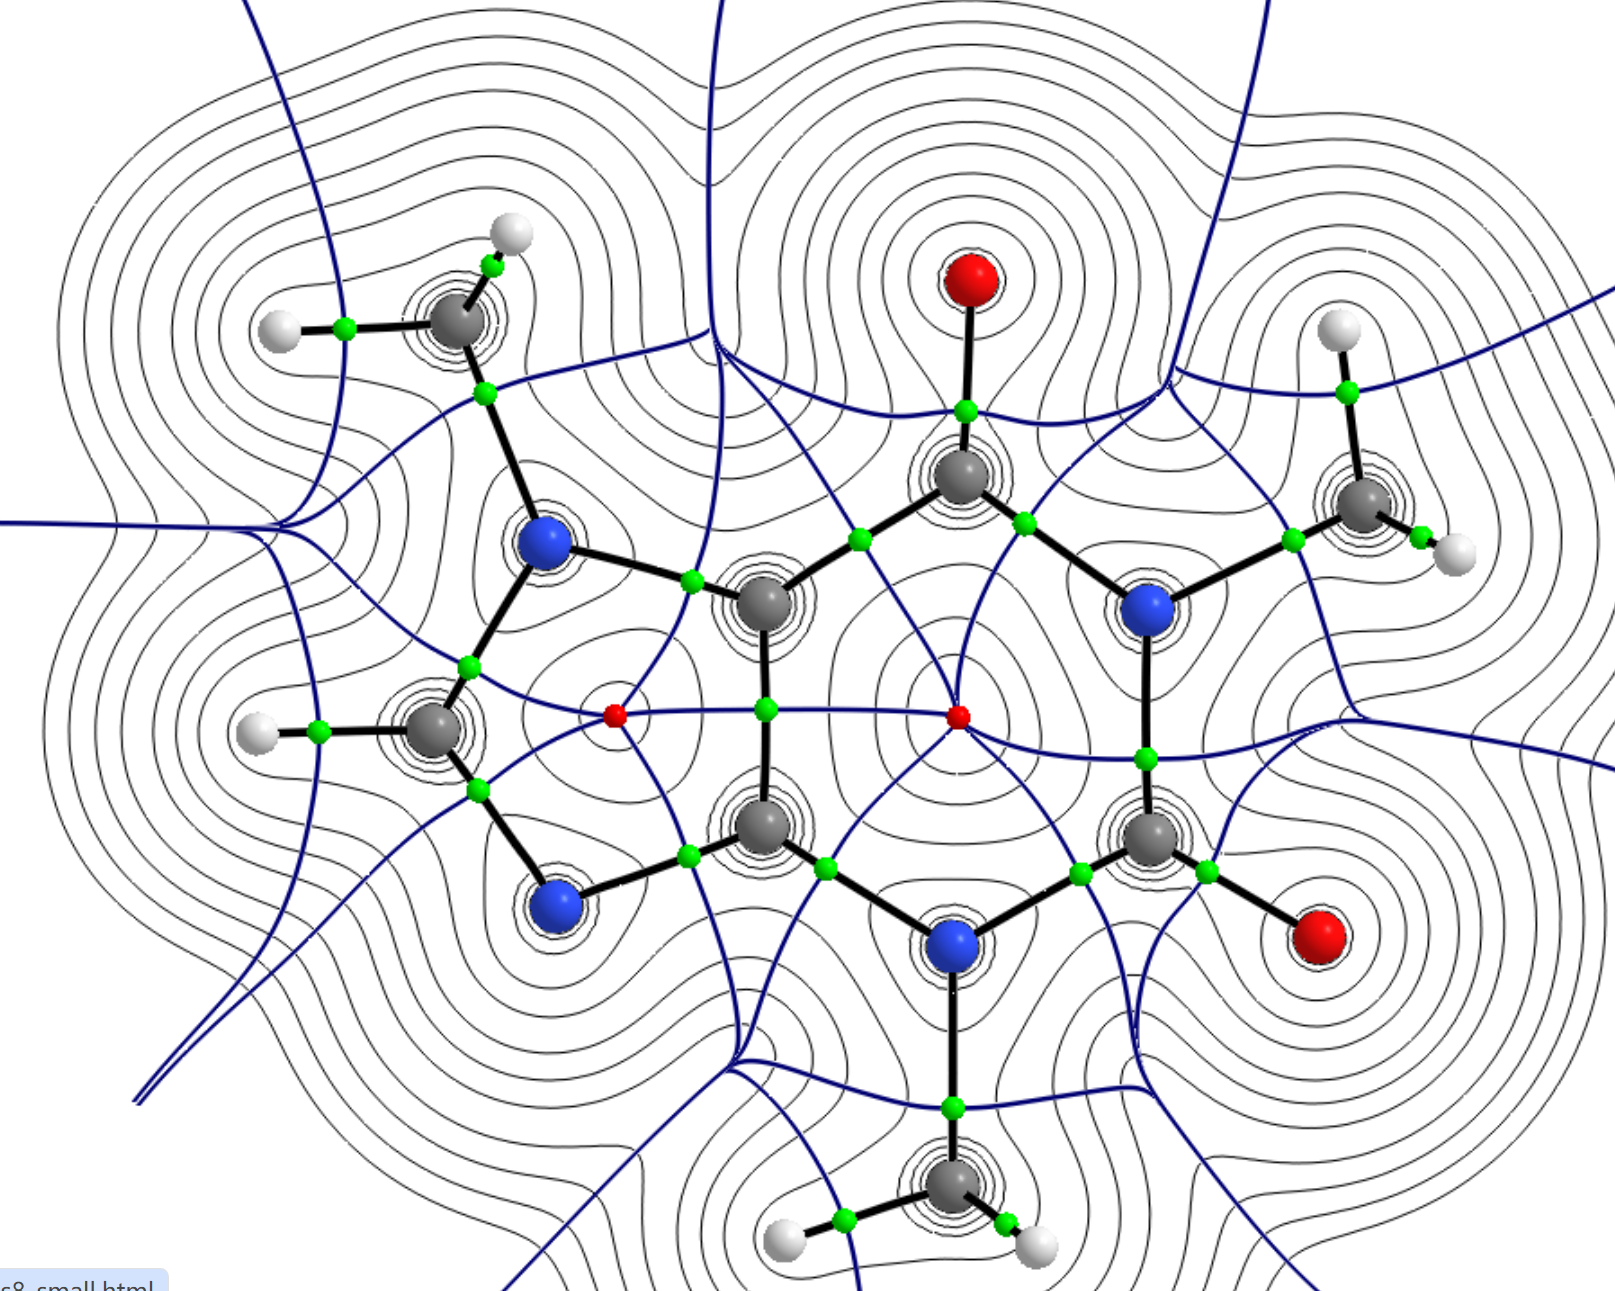
aimaii, QTAIM,contour map